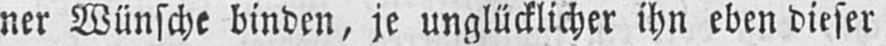
ner Wünsche binden, je unglücklicher ihn eben dieser